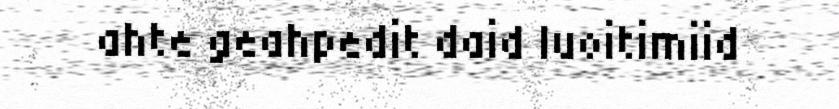
ahte geahpedit daid luoitimiid